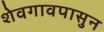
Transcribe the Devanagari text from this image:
शेवगावपासुन